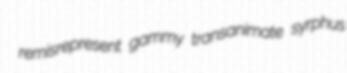
remisrepresent gammy transanimate syrphus